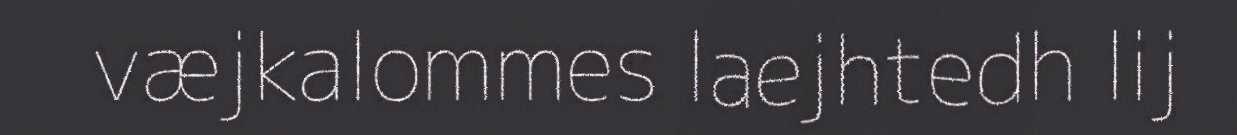
væjkalommes laejhtedh lij